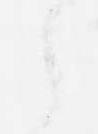
之